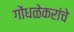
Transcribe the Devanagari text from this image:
गोंधळेकरांचे